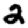
Digit: 2